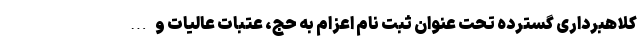
کلاهبرداری گسترده تحت عنوان ثبت نام اعزام به حج، عتبات عالیات و …